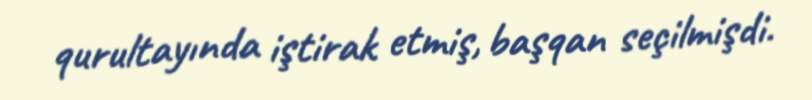
qurultayında iştirak etmiş, başqan seçilmişdi.